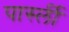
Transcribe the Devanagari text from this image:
पार्स्ली